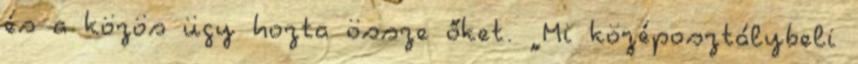
és a közös ügy hozta össze őket. „Mi középosztálybeli